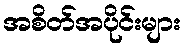
အစိတ်အပိုင်းများ